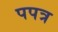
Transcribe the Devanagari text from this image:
पपत्र